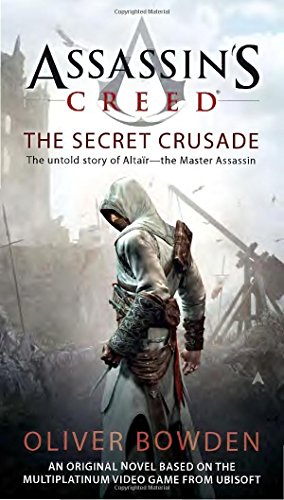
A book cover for Assassin's Creed: the Secret Crusade; Oliver Bowden; Mystery, Thriller & Suspense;